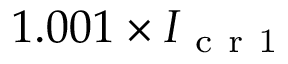
1 . 0 0 1 \times I _ { \mathrm { ~ c ~ r ~ 1 ~ } }